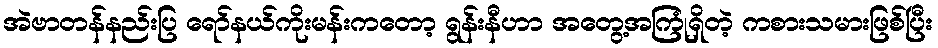
အဲဗာတန်နည်းပြ ရော်နယ်ကိုးမန်းကတော့ ရွန်းနီဟာ အတွေ့အကြုံရှိတဲ့ ကစားသမားဖြစ်ပြီး